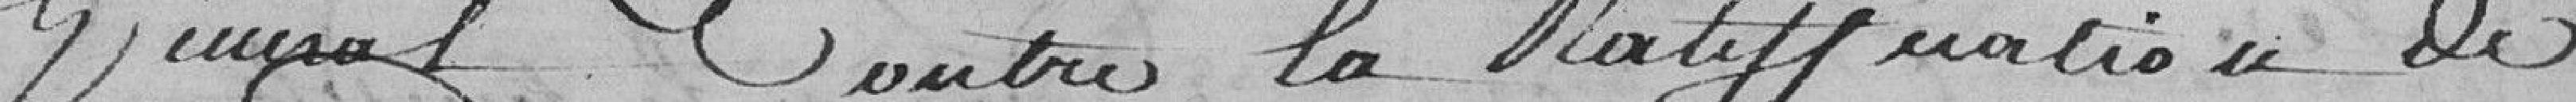
Général Contre la Ratification de